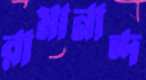
রামানান্দ